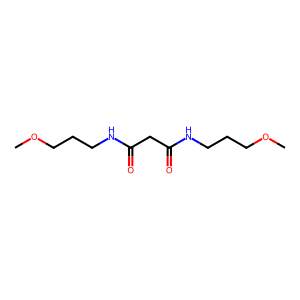
SMILES: COCCCNC(=O)CC(=O)NCCCOC
Inhibits HIV replication: No